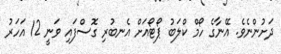
ދަށުންނެވެ. އޭނާގެ ހޯމް ކްލަބު ޕޯޓޯއަށް އެނބުރި ގޮސްފައި ވަނީ 12 އަހަރު